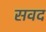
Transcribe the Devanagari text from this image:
सवद